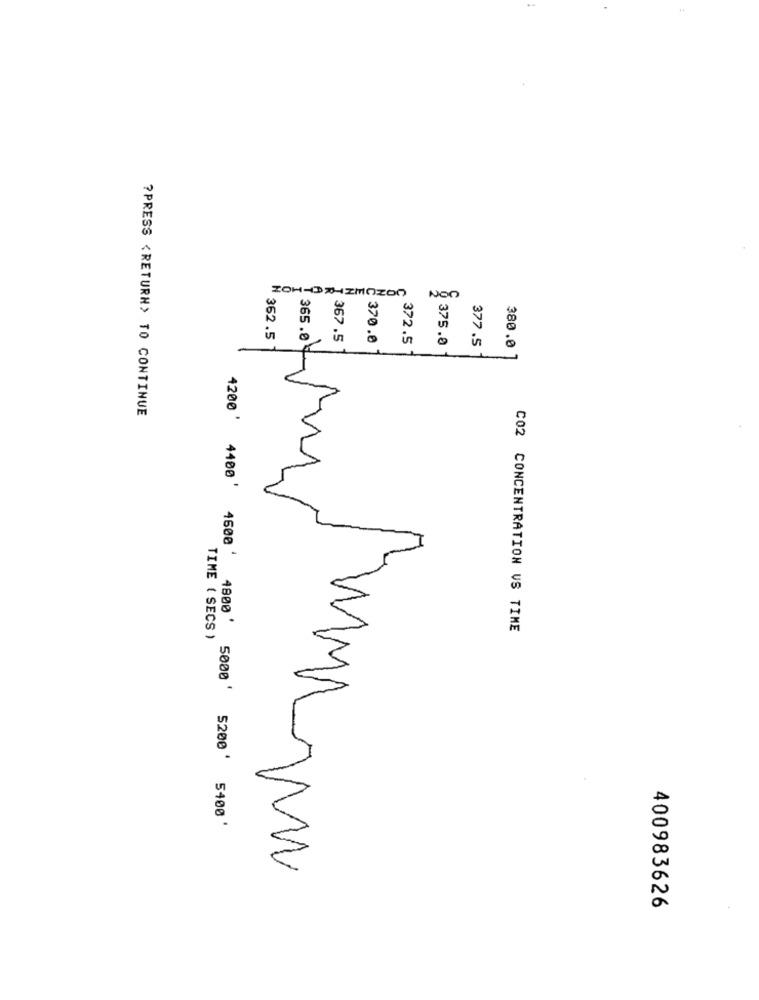
ZOH-DIZM0200
362.5
365.0
367.5
370.0
372.5
375.0
377.5
380.0
?PRESS <RETURN> TO CONTINUE
4200 '
4400 '
4500 '
C02 CONCENTRATION VS TIME
TIME ( SECS )
4800' 5000 5200' 5400'
400983626